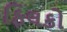
ફિલકો